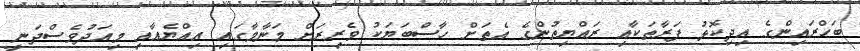
ބަޙްރައިންގެ އިދިކޮޅު ފަރާތަކާއި ރައްޔިތުންގެ އެތަށް ހާސްބަޔަކު ވެރިރަށް މަނާމާގައި އިއްޔެއާއި މިއަދުވެސްދަނީ